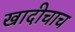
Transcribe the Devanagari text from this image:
खादीचाच